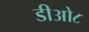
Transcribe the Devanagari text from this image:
डीओ८